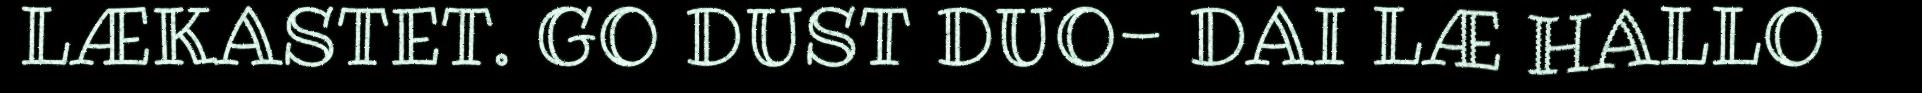
LÆKASTET. GO DUST DUO- DAI LÆ HALLO